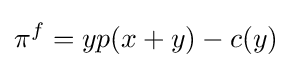
\pi ^{f}=yp(x+y)-c(y)